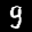
Label: 9